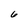
Character: 6